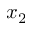
x _ { 2 }